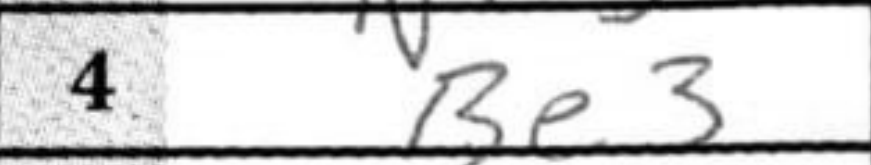
Transcription: Be3